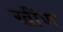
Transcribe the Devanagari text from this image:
खींण